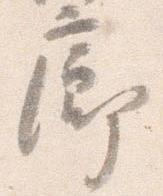
廊